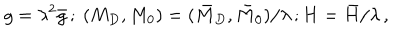
g = \lambda ^ { 2 } \bar { g } \, ; \ ( M _ { D } , M _ { 0 } ) = ( \bar { M } _ { D } , \bar { M } _ { 0 } ) / \lambda \, ; H = \bar { H } / \lambda \, ,